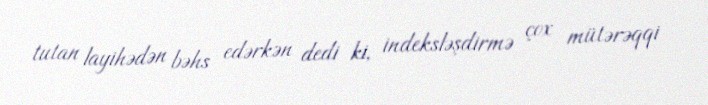
tutan layihədən bəhs edərkən dedi ki, indeksləşdirmə çox mütərəqqi